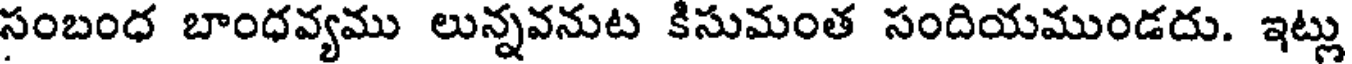
సంబంధ బాంధవ్యము లున్నవనుట కిసుమంత సందియముండదు. ఇట్లు